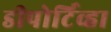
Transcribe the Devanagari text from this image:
डीपोर्टिव्हा